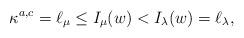
LaTeX: \begin{align*}\kappa^{a,c}=\ell_{\mu}\leq I_{\mu}(w)<I_{\lambda}(w)=\ell_{\lambda},\end{align*}